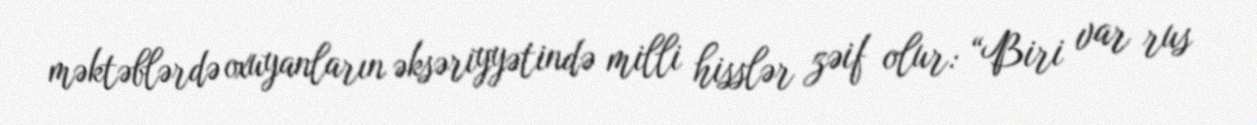
məktəblərdə oxuyanların əksəriyyətində milli hisslər zəif olur: “Biri var rus